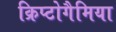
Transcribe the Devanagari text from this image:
क्रिप्टोगैमिया